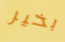
بخير